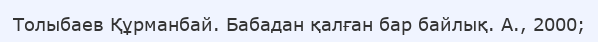
Толыбаев Құрманбай. Бабадан қалған бар байлық. А., 2000;